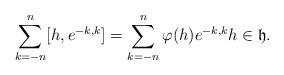
LaTeX: \begin{align*}\sum_{k=-n}^n[h,e^{-k,k}]=\sum_{k=-n}^n\varphi(h)e^{-k,k} h\in \mathfrak{h}.\end{align*}